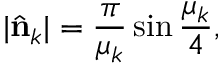
| \hat { \bf n } _ { k } | = { \frac { \pi } { \mu _ { k } } } \sin { \frac { \mu _ { k } } { 4 } } ,